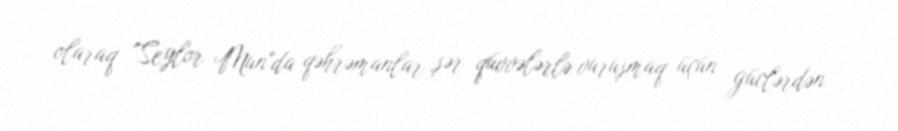
olaraq "Seylor Mun"da qəhrəmanlar şər qüvvələrlə vuruşmaq üçün güclərdən